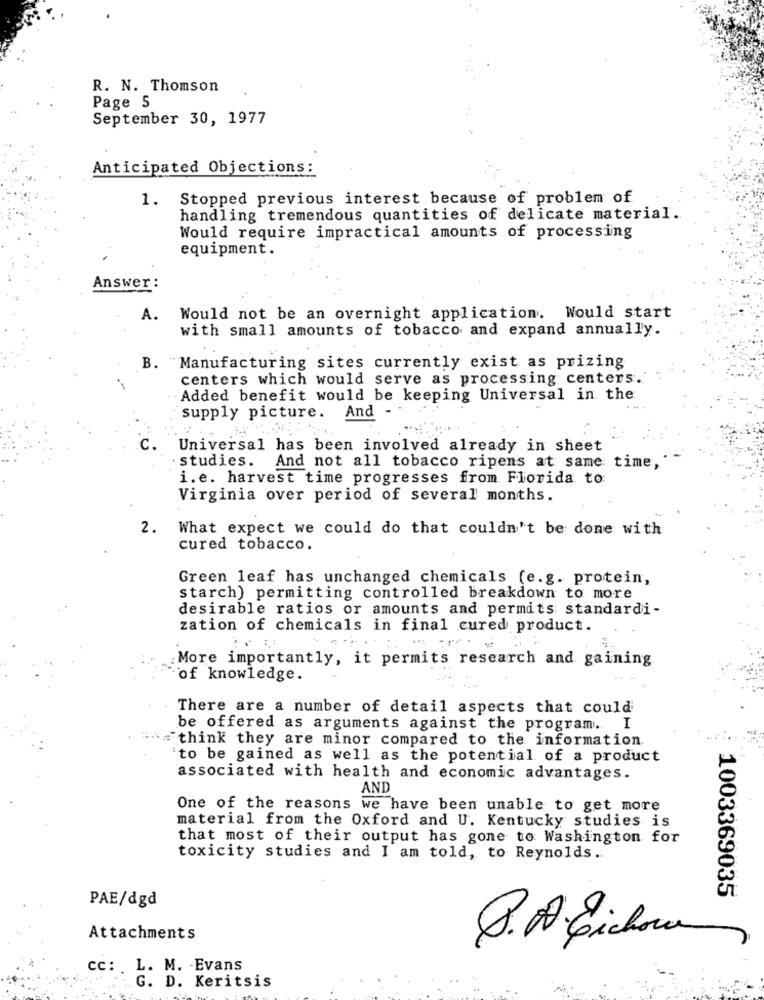
R. N. Thomson
Page 5
September 30, 1977
Anticipated Objections:
1.
Stopped previous interest because of problem of
handling tremendous quantities of delicate material.
Would require impractical amounts of processing
equipment.
Answer :
A. Would not be an overnight application. Would start
with small amounts of tobacco and expand annually.
B. Manufacturing sites currently exist as prizing
centers which would serve as processing centers."
Added benefit would be keeping Universal in the
supply picture.
And
Universal has been involved already in sheet
studies. And not all tobacco ripens at same:
time,
i.e. harvest time progresses from Florida to
Virginia over period of several months.
2.
What expect we could do that couldn't be done with
cured tobacco.
Green leaf has unchanged chemicals (e.g. protein,
starch) permitting controlled breakdown to more
desirable ratios or amounts and permits standardi-
zation of chemicals in final cured product.
More importantly, it permits research and gaining
of knowledge.
There are a number of detail aspects that could
be offered as arguments against the program. I
think they are minor compared to the information
to be gained as well as the potential of a product
associated with health and economic advantages.
AND
One of the reasons we have been unable to get more
material from the Oxford and U. Kentucky studies is
that most of their output has gone to Washington for
toxicity studies and I am told, to Reynolds ..
PAE/dgd
1003369035
Attachments
cc: . L. M. Evans
G. D. Keritsis